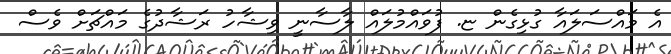
އެ މައްސަލައާ ގުޅިގެން ޏ. ފުވައްމުލައް ލާސާނީ ވިޝާހު ރަޝާދުގެ މައްޗަށް ވެސް